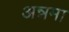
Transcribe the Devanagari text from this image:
अन्नमा